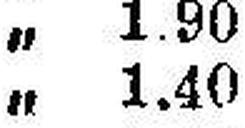
„ 1.40